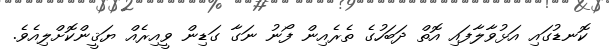
ކޮނޑުގައި އަޅުވާލާފައި އޮތް ދަބަހުގެ ތެރެއިން ފޯނު ނަގާ ގަޑިން ވީއިރެއް ޔަޤީންކޮށްލިއެވެ.